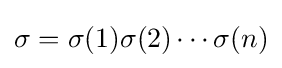
\sigma =\sigma (1)\sigma (2)\cdots \sigma (n)